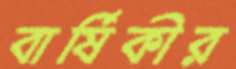
বার্ষিকীর